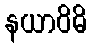
နယာဝိဓိ